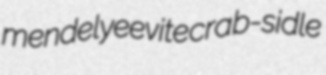
mendelyeevite crab-sidle